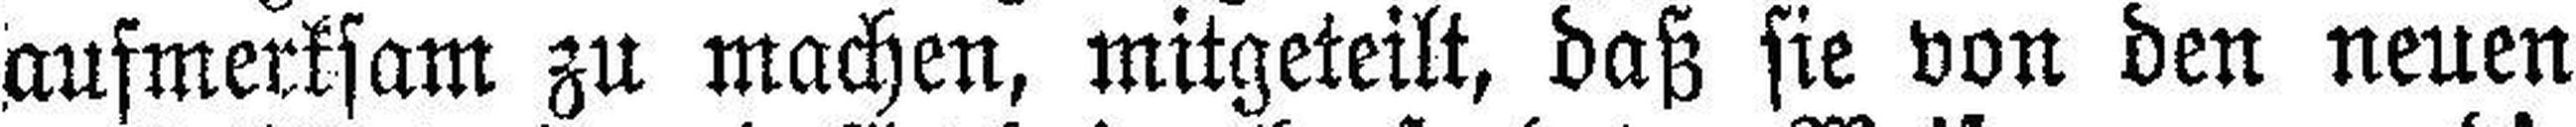
aufmerksam zu machen, mitgeteilt, daß sie von den neuen